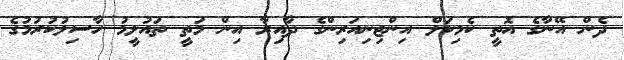
ދެން އޭނާގެ އޮތީ ކެމިކަލް އިންޖިނިއަރިންގެ ދާއިރާ އިން މަތީ ތައުލީމު ހާސިލުކުރުމުގެ